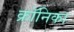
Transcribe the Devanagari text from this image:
क्रॉनिका